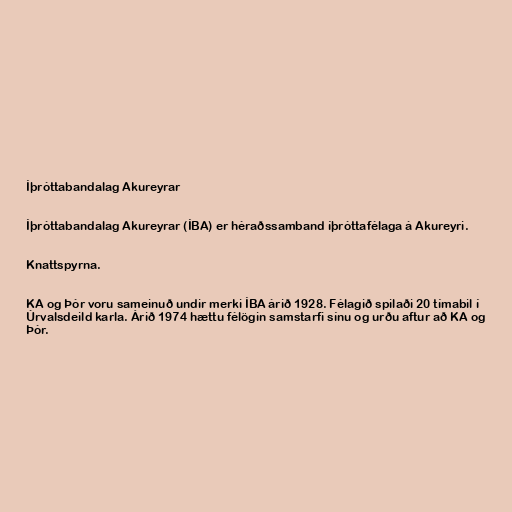
Íþróttabandalag Akureyrar

Íþróttabandalag Akureyrar (ÍBA) er héraðssamband íþróttafélaga á Akureyri.

Knattspyrna.

KA og Þór voru sameinuð undir merki ÍBA árið 1928. Félagið spilaði 20 tímabil í
Úrvalsdeild karla. Árið 1974 hættu félögin samstarfi sínu og urðu aftur að KA og
Þór.